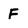
Character: F